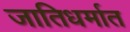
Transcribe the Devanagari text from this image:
जातिधर्मात